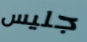
جليس